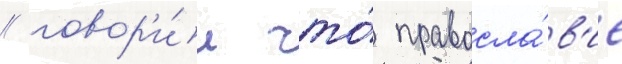
/ говор'и́л что́ правосла́в'ие